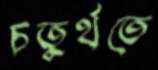
চতুর্থতে